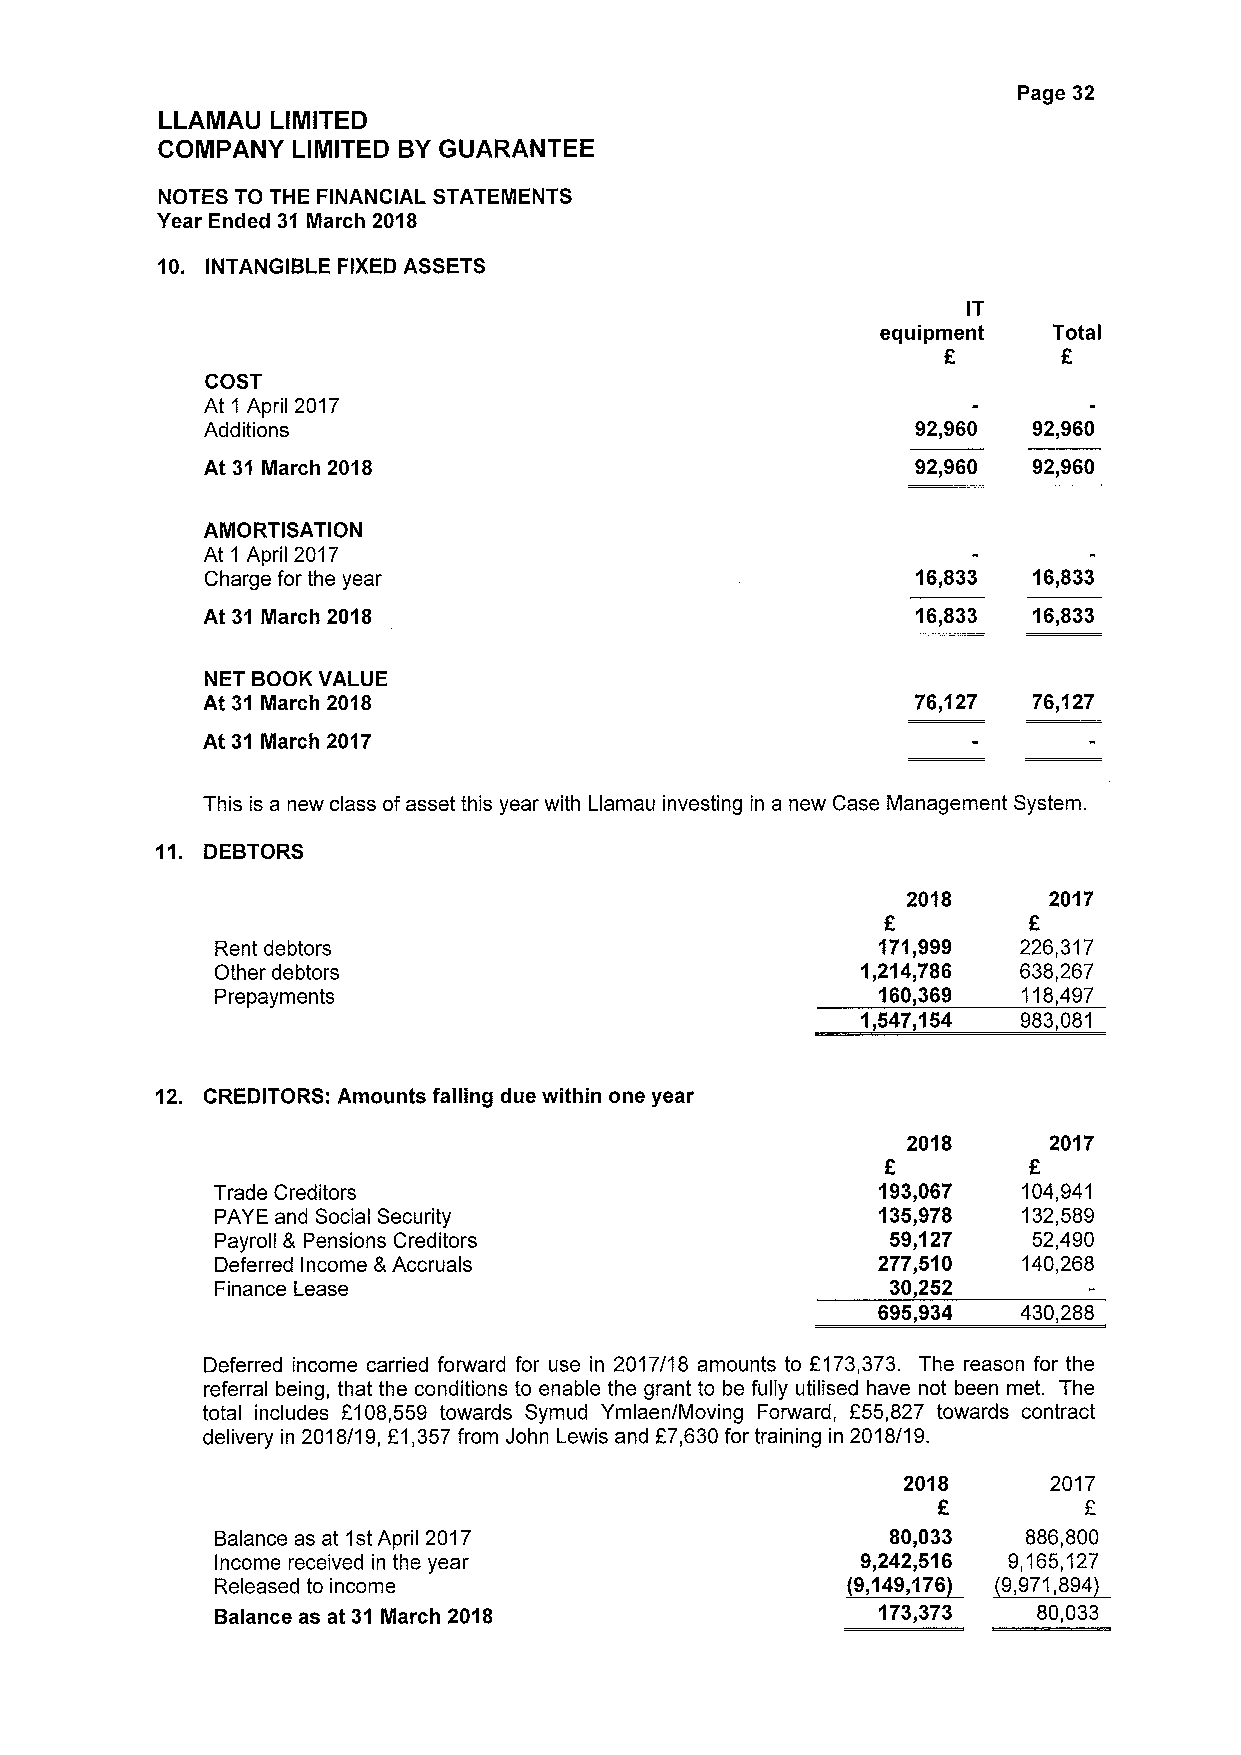
Page 32
 LLAMAU LIMITED
 COMPANY  LIMITED BYGUARANTEE
 NOTES TO THE FINANCIAL STATEMENTS
 Year Ended 31 March 2018
 10. INTANGIBLE FIXED ASSETS
 IT
 equipment   Total
 f
 E
 COST
 At 1 April 2017
 Additions                                      92,960 92,960
 At 31 March 2018                               92,960 92,960
 AMORTISATION
 At 1 April 2017
 Charge for the year                            16,833 16,833
 At 31 March 2018                                16,833 16,833
 NET BOOK VALUE
 At 31 March 2018                                76,127 76,127
 At 31 March 2017
 This is a new class ofasset this year with Llamau investing in a new Case Management System.
 DEBTORS
 2018     2017
 E         E
 Rent debtors                                171,999  226,317
 Other debtors                              1,214,786 638,267
 Prepayments                                 160,369   118,497
 1,547,154  983,081
 12. CREDITORS: Amounts falling due within one year
 2018     2017
 E
 Trade Creditors                             193,067   104,941
 PAYE and Social Security                    135,978   132,589
 Payroll 8 Pensions Creditors                 59,127   52,490
 Deferred Income 8 Accruals                  277,510   140,268
 Finance Lease                                30,252
 695,934  430,288
 Deferred income carried forward for use in 2017/18 amounts to 2173,373. The reason for the
 referral being, that the conditions to enable the grant to be fully utilised have not been met. The
 total includes 2108,559 towards Symud Ymlaen/Moving Forward, f55,827 towards contract
 delivery in 2018/19, F1,357from John Lewis and E7,630for training in 2018/19.
 2018     2017
 E
 Balance as at 1stApril 2017                  80,033   886,800
 Income received in the year                9,242,516 9,165,127
 Released to income                        ~(9,149,176 ~9,971,894
 Balance as at 31 March 2018                 173,373    80,033